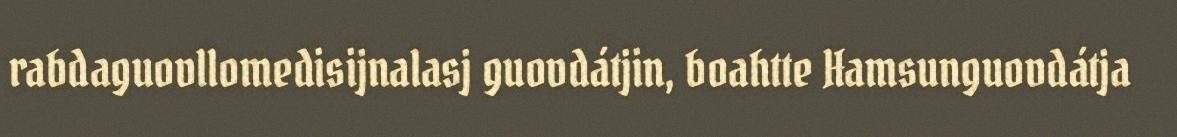
rabdaguovllomedisijnalasj guovdátjin, boahtte Hamsunguovdátja